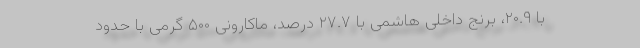
با ۲۰.۹، برنج داخلی هاشمی با ۲۷.۷ درصد، ماکارونی ۵۰۰ گرمی با حدود